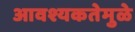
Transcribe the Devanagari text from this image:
आवश्यकतेमुळे